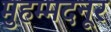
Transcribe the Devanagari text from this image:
मुहम्मदनूर